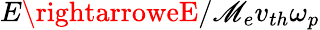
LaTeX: {E}\rightarroweE/\mathscr{M}_{e}v_{th}\omega_{p}